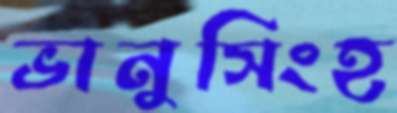
ভানুসিংহ